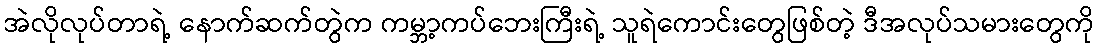
အဲလိုလုပ်တာရဲ့ နောက်ဆက်တွဲက ကမ္ဘာ့ကပ်ဘေးကြီးရဲ့ သူရဲကောင်းတွေဖြစ်တဲ့ ဒီအလုပ်သမားတွေကို